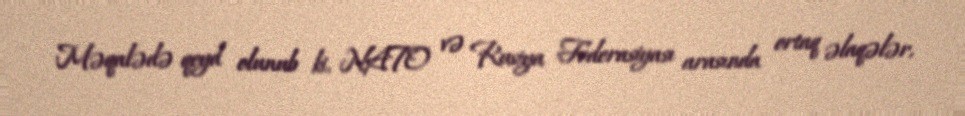
Məqalədə qeyd olunub ki, NATO və Rusiya Federasiyası arasında ortaq əlaqələr,